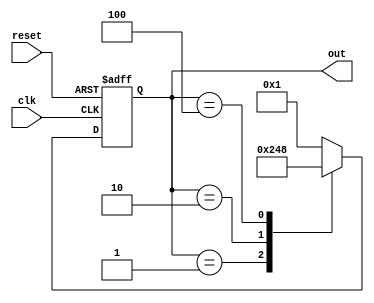
module ring_counter #(
    parameter N = 4  // Number of flip-flops (states)
)(
    input wire clk,          // Clock signal
    input wire reset,        // Asynchronous reset signal
    output reg [N-1:0] out   // Output representing the current state
);

    // Internal signal to hold the next state
    reg [N-1:0] next_state;

    // Asynchronous reset and state transition on clock edge
    always @(posedge clk or posedge reset) begin
        if (reset) begin
            // Initialize to the first state
            out <= 1'b1; // Set the first flip-flop to '1'
        end else begin
            // Update the state to the next state
            out <= next_state;
        end
    end

    // Combinational logic to determine the next state
    always @(*) begin
        // Default next state is all zeros
        next_state = {N{1'b0}};
        
        // Determine the next state based on the current state
        case (out)
            4'b0001: next_state = 4'b0010; // State 1 to State 2
            4'b0010: next_state = 4'b0100; // State 2 to State 3
            4'b0100: next_state = 4'b1000; // State 3 to State 4
            4'b1000: next_state = 4'b0001; // State 4 back to State 1
            default: next_state = 4'b0001;  // Default to State 1
        endcase
    end

endmodule